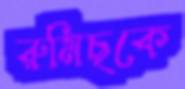
রুমিছকে